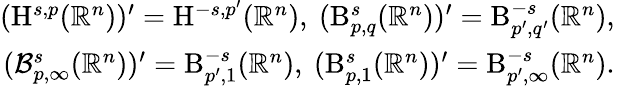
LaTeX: \begin{array}{r}{(\mathrm{\mathrm{H}}^{s,p}(\mathbb{R}^{n}))^{\prime}=\mathrm{H}^{-s,p^{\prime}}(\mathbb{R}^{n})\mathrm{,~}(\mathrm{B}_{p,q}^{s}(\mathbb{R}^{n}))^{\prime}=\mathrm{B}_{p^{\prime},q^{\prime}}^{-s}(\mathbb{R}^{n})\mathrm{,~}}\\ {(\mathcal{B}_{p,\infty}^{s}(\mathbb{R}^{n}))^{\prime}=\mathrm{B}_{p^{\prime},1}^{-s}(\mathbb{R}^{n})\mathrm{,~}(\mathrm{B}_{p,1}^{s}(\mathbb{R}^{n}))^{\prime}=\mathrm{B}_{p^{\prime},\infty}^{-s}(\mathbb{R}^{n})\mathrm{.~}}\end{array}